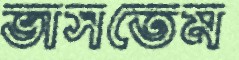
ভাসতেম